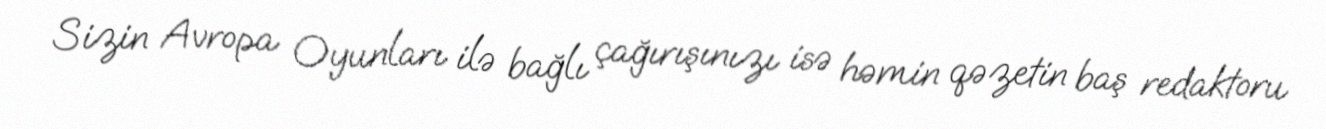
Sizin Avropa Oyunları ilə bağlı çağırışınızı isə həmin qəzetin baş redaktoru